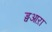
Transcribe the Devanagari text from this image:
ड्वआऱा